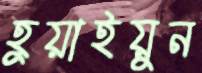
হুয়াইয়ুন